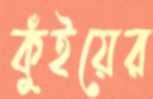
কুঁইয়ের